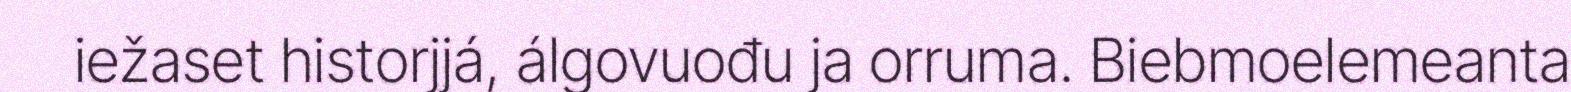
iežaset historjjá, álgovuođu ja orruma. Biebmoelemeanta